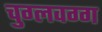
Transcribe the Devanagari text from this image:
चुग्लवग्ग